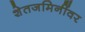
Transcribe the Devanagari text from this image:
शेतजमिनींवर